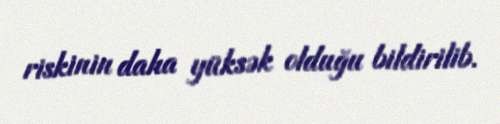
riskinin daha yüksək olduğu bildirilib.